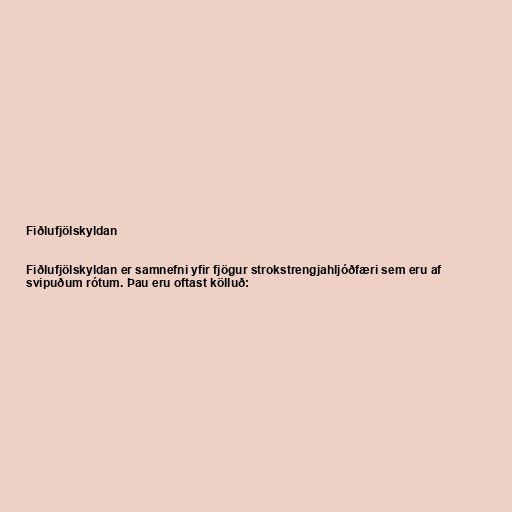
Fiðlufjölskyldan

Fiðlufjölskyldan er samnefni yfir fjögur strokstrengjahljóðfæri sem eru af
svipuðum rótum. Þau eru oftast kölluð: